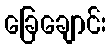
ခြေချောင်း